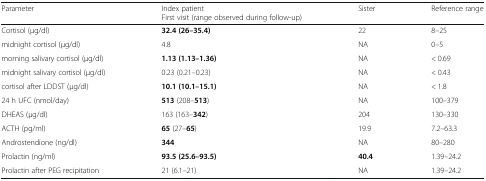
| Parameter | Index patientFirst visit (range observed during follow-up) | Sister | Reference range |
 | --- | --- | --- | --- |
 | Cortisol (μg/dl) | 32.4 (26–35.4) | 22 | 8–25 |
 | midnight cortisol (μg/dl) | 4.8 | NA | 0–5 |
 | morning salivary cortisol (μg/dl) | 1.13 (1.13–1.36) | NA | < 0.69 |
 | midnight salivary cortisol (μg/dl) | 0.23 (0.21–0.23) | NA | < 0.43 |
 | cortisol after LDDST (μg/dl) | 10.1 (10.1–15.1) | NA | < 1.8 |
 | 24 h UFC (nmol/day) | 513 (208–513) | NA | 100–379 |
 | DHEAS (μg/dl) | 163 (163–342) | 204 | 130–330 |
 | ACTH (pg/ml) | 65 (27–65) | 19.9 | 7.2–63.3 |
 | Androstendione (ng/dl) | 344 | NA | 80–280 |
 | Prolactin (ng/ml) | 93.5 (25.6–93.5) | 40.4 | 1.39–24.2 |
 | Prolactin after PEG recipitation | 21 (6.1–21) | NA | 1.39–24.2 |